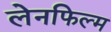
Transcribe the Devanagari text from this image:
लेनफिल्म